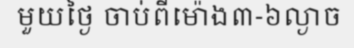
មួយថ្ងៃ ចាប់ពីម៉ោង៣-៦ល្ងាច